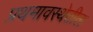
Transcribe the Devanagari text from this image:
प्रथमावस्थेतील